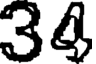
34